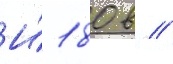
И́ 180 в //